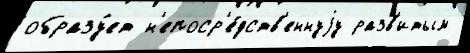
образу́ет н'епоср'е́дств'еннуjу разв'итым